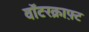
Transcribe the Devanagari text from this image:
वॉटरक्राफ़्ट